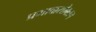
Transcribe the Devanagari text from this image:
प्रभावासोबतच